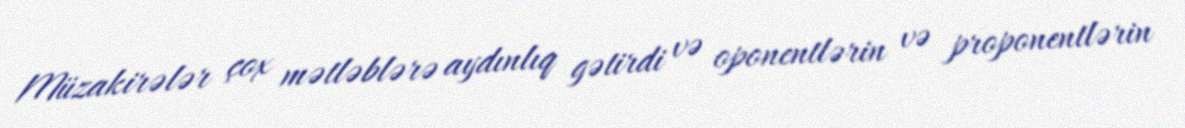
Müzakirələr çox mətləblərə aydınlıq gətirdi və oponentlərin və proponentlərin